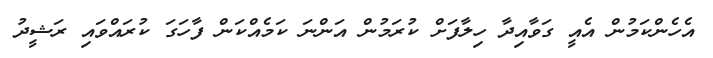
އެހެންކަމުން އެއީ ގަވާއިދާ ހިލާފަށް ކުރަމުން އަންނަ ކަމެއްކަން ފާހަގަ ކުރައްވައި ރަޝީދު